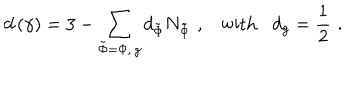
d \left( \gamma \right) = 3 - \sum _ { \tilde { \Phi } = \Phi , \, g } d _ { \tilde { \Phi } } N _ { \tilde { \Phi } } \, \, , \, \, \, \, \, \mathrm { w i t h } \, \, \, \, \, d _ { g } = \frac 1 2 \, \, .